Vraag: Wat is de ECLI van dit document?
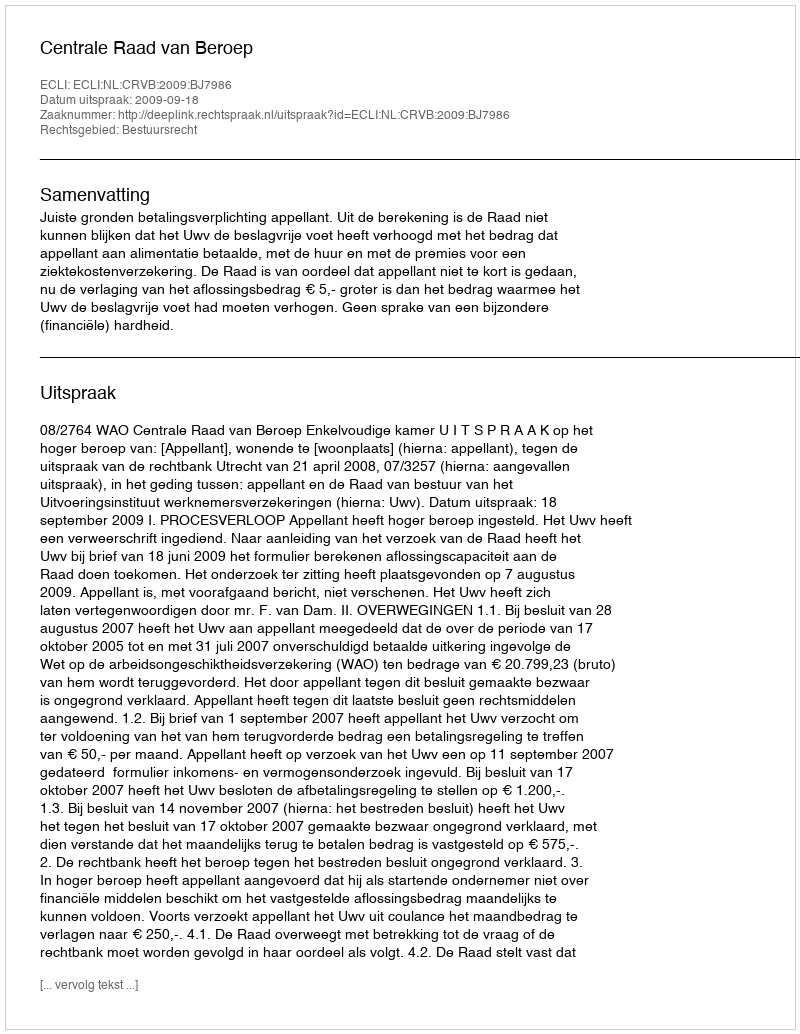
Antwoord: ECLI:NL:CRVB:2009:BJ7986